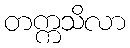
တက္ကသိလာ